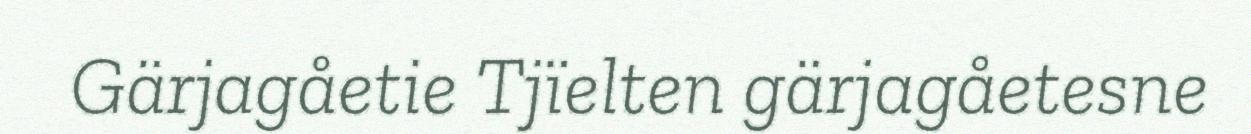
Gärjagåetie Tjïelten gärjagåetesne